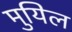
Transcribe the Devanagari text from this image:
मुयिल